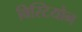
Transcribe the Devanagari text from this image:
विस्टियोन